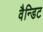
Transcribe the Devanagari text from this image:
वैन्डिट